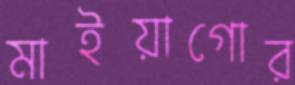
মাইয়াগোর